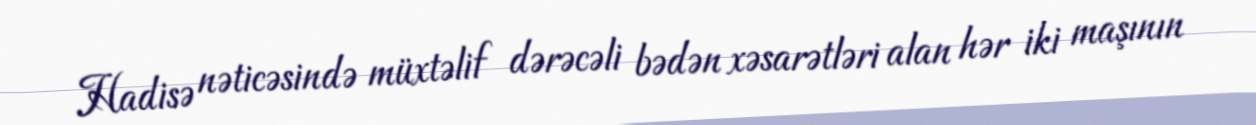
Hadisə nəticəsində müxtəlif dərəcəli bədən xəsarətləri alan hər iki maşının